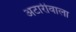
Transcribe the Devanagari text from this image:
अटारीवाला